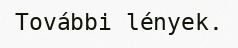
További lények.